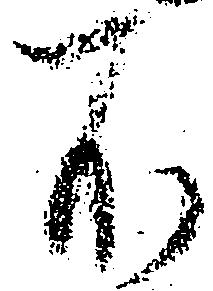
不